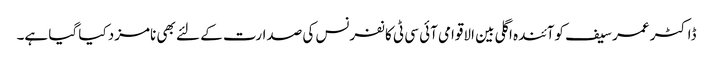
ڈاکٹر عمر سیف کوآئندہ اگلی بین الاقوامی آئی سی ٹی کانفرنس کی صدارت کے لئے بھی نامزد کیا گیا ہے۔